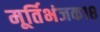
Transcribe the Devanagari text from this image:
मूर्तिभंजक१८